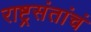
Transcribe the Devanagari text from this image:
राष्ट्रसंतांचं